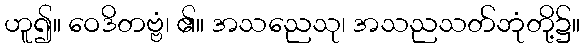
ဟူ၍။ ဝေဒိတဗ္ဗံ၊ ၏။ အသညေသု၊ အသညသတ်ဘုံတို့၌။